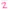
Text: 2